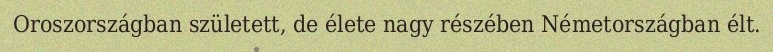
Oroszországban született, de élete nagy részében Németországban élt.